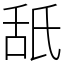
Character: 舐